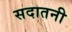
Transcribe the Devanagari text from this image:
सदातनी